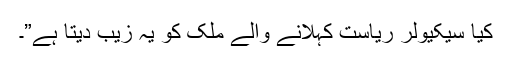
کیا سیکیولر ریاست کہلانے والے ملک کو یہ زیب دیتا ہے”۔